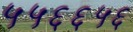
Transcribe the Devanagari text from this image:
५५६६५६